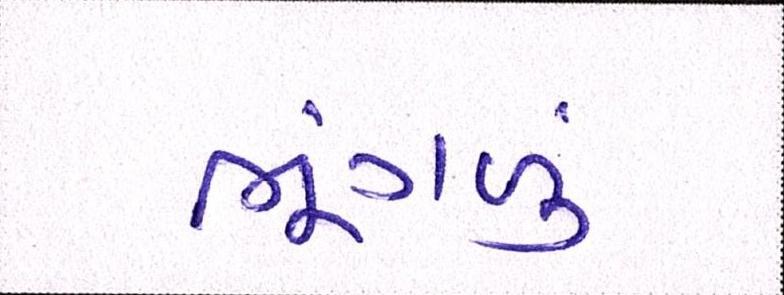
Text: ભૂંગળું